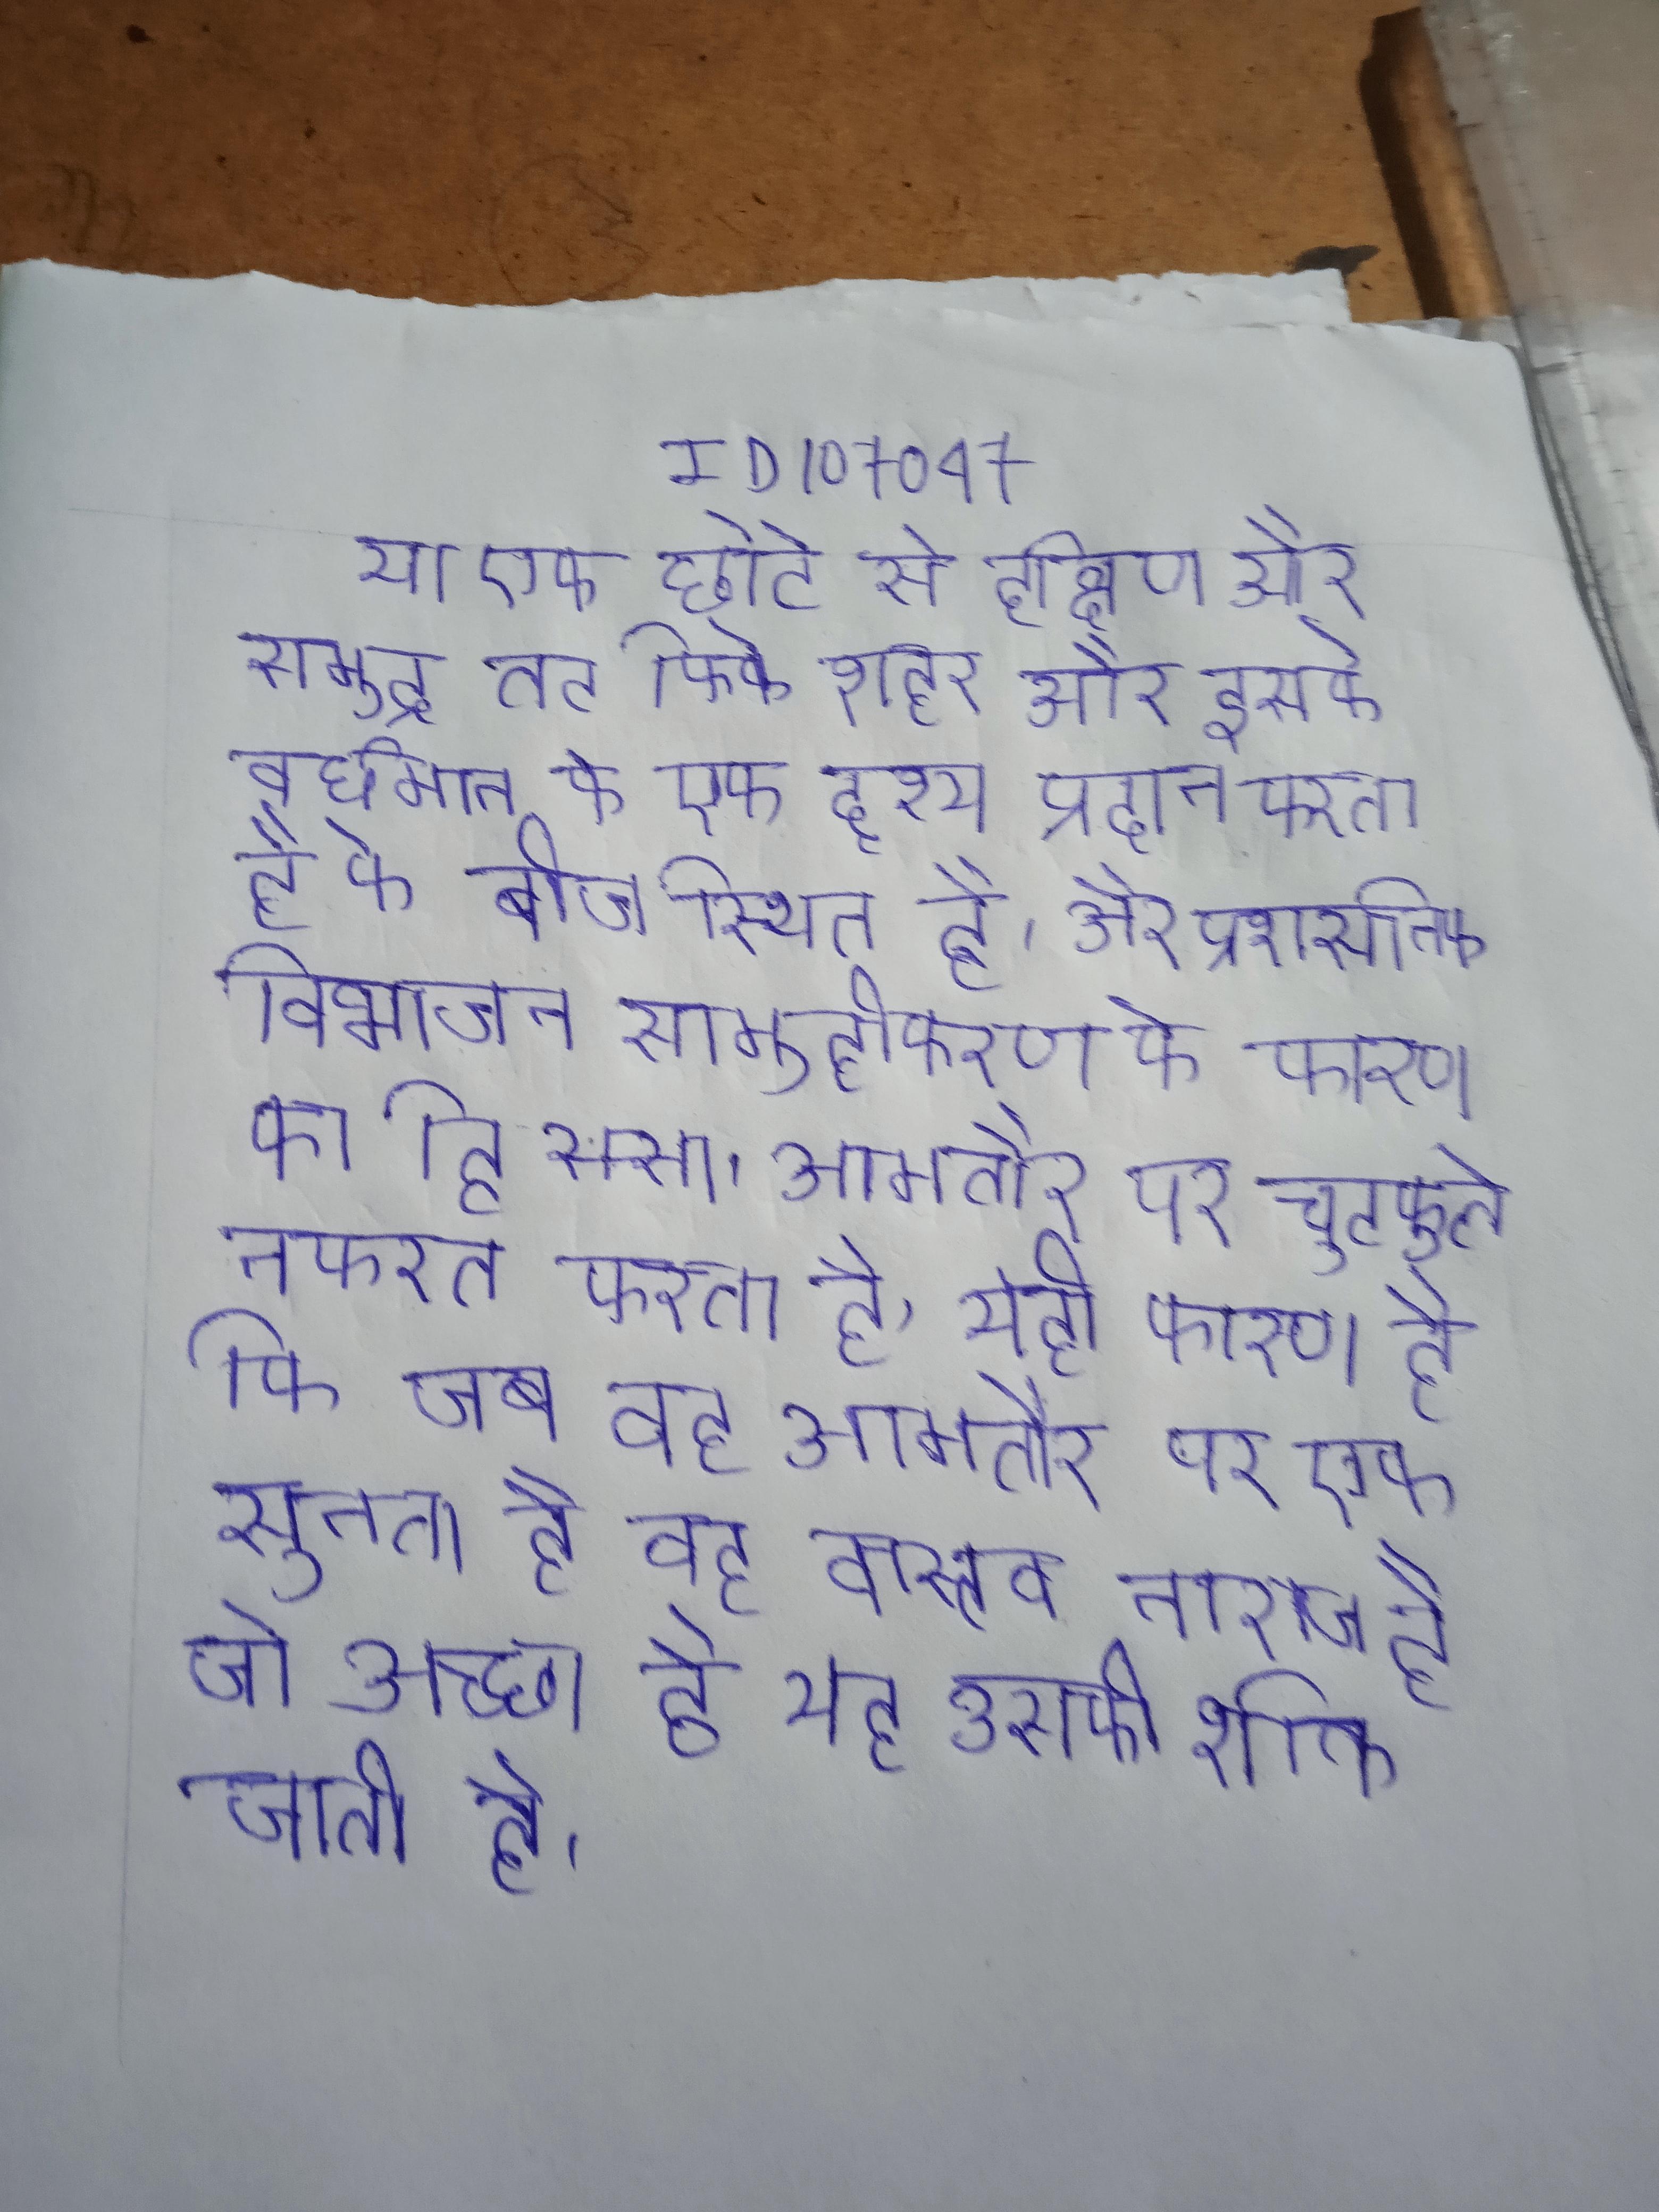
या एक छोटे से दक्षिण और समुद्र तट कि के शहर और इसके वर्धमान के एक दृश्य प्रदान करता है के बीच स्थित है । और प्रशासनिक विभाजन सामूहीकरण के कारण का हिस्सा । आमतौर पर चुटकुले नफरत करता है, यही कारण है कि जब वह आमतौर पर एक सुनता है, वह वास्तव नाराज है जो अच्छा है यह उसकी शक्ति जाती है ।